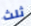
ثلث